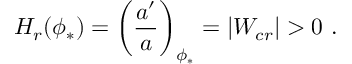
H _ { r } ( \phi _ { * } ) = \left( { \frac { a ^ { \prime } } { a } } \right) _ { \phi _ { * } } = | W _ { c r } | > 0 \ .